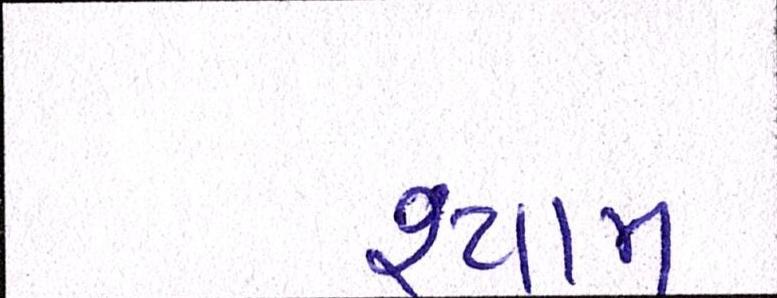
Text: શ્યામ